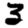
Digit: 3